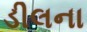
ડીલના